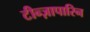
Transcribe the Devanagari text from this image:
टीन्ज़ापारिन